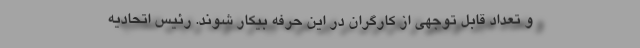
و تعداد قابل توجهی از کارگران در این حرفه بیکار شوند. رئیس اتحادیه